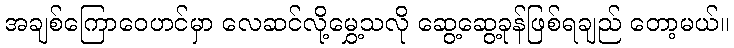
အချစ်ကြောဝေဟင်မှာ လေဆင်လို့မွှေ့သလို ဆွေ့ဆွေ့ခုန်ဖြစ်ရချည် တော့မယ်။